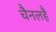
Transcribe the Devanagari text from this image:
चैनलहै